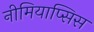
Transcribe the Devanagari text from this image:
नीमियाप्सिस